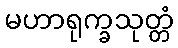
မဟာရုက္ခသုတ္တံ